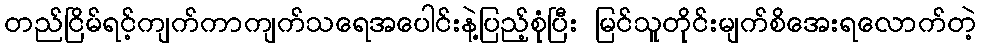
တည်ငြိမ်ရင့်ကျက်ကာကျက်သရေအပေါင်းနဲ့ပြည့်စုံပြီး မြင်သူတိုင်းမျက်စိအေးရလောက်တဲ့